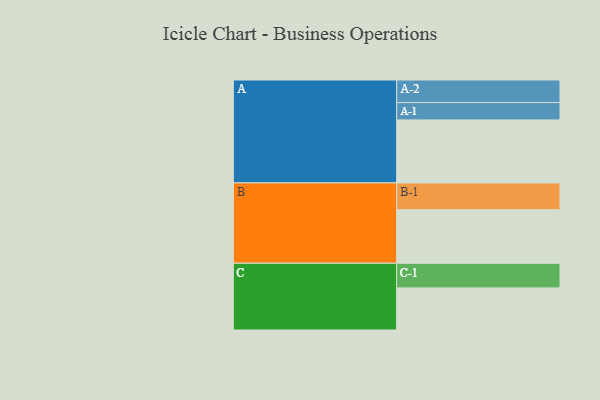
{"axis": {"x": "Segment", "y": "Value"}, "legend": ["", "A", "B", "C"], "data": [{"x": "A", "y": 519, "type": ""}, {"x": "B", "y": 441, "type": ""}, {"x": "C", "y": 347, "type": ""}, {"x": "A-1", "y": 143, "type": "A"}, {"x": "A-2", "y": 186, "type": "A"}, {"x": "B-1", "y": 221, "type": "B"}, {"x": "C-1", "y": 203, "type": "C"}]}